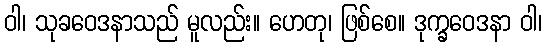
ဝါ၊ သုခဝေဒနာသည် မူလည်း။ ဟေတု၊ ဖြစ်စေ။ ဒုက္ခဝေဒနာ ဝါ၊